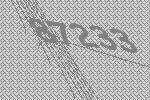
87233